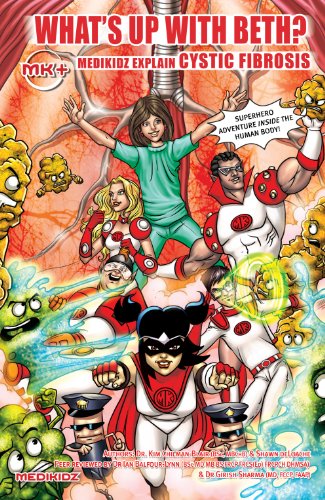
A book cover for What's Up with Charlotte?: Medikidz Explain Cystic Fibrosis. Kim Chilman-Blair and Kate Hersov; Kim Chilman-Blair; Health, Fitness & Dieting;